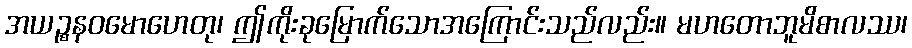
အယဉ္စနဝမောဟေတု၊ ဤကိုးခုမြောက်သောအကြောင်းသည်လည်း။ မဟတောဘူမိစာလဿ၊